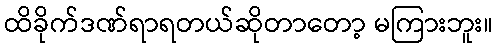
ထိခိုက်ဒဏ်ရာရတယ်ဆိုတာတော့ မကြားဘူး။